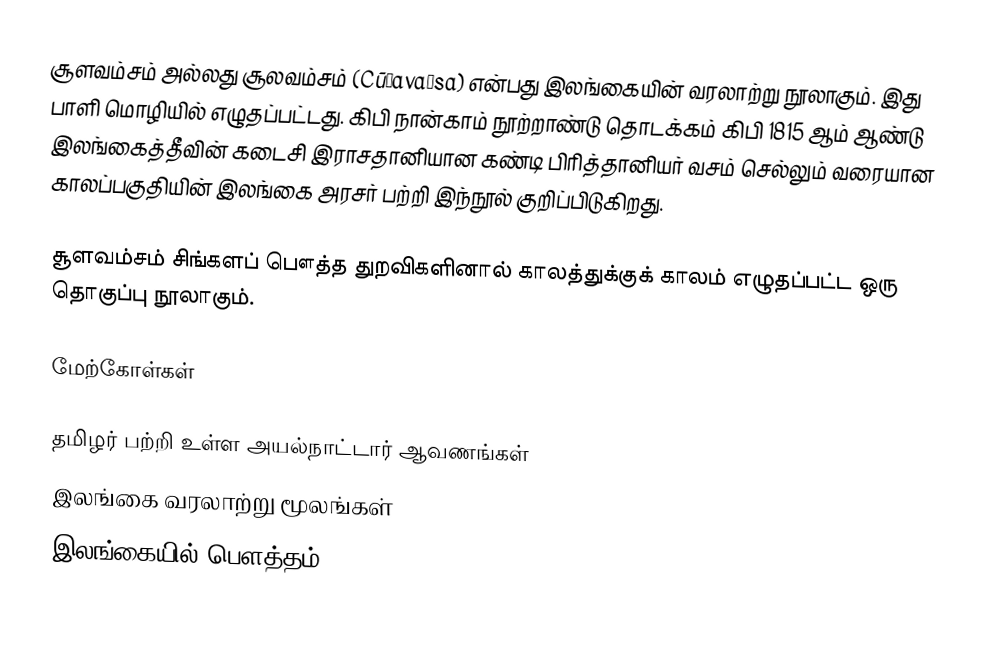
சூளவம்சம் அல்லது சூலவம்சம் (Cūḷavaṃsa) என்பது இலங்கையின் வரலாற்று நூலாகும். இது பாளி மொழியில் எழுதப்பட்டது. கிபி நான்காம் நூற்றாண்டு தொடக்கம் கிபி 1815 ஆம் ஆண்டு இலங்கைத்தீவின் கடைசி இராசதானியான கண்டி பிரித்தானியர் வசம் செல்லும் வரையான காலப்பகுதியின் இலங்கை அரசர் பற்றி இந்நூல் குறிப்பிடுகிறது.

சூளவம்சம் சிங்களப் பௌத்த துறவிகளினால் காலத்துக்குக் காலம் எழுதப்பட்ட ஒரு தொகுப்பு நூலாகும்.

மேற்கோள்கள்

தமிழர் பற்றி உள்ள அயல்நாட்டார் ஆவணங்கள்
இலங்கை வரலாற்று மூலங்கள்
இலங்கையில் பௌத்தம்